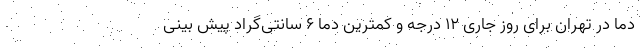
دما در تهران برای روز جاری ۱۲ درجه و کمترین دما ۶ سانتی‌گراد پیش بینی